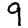
Digit: 9